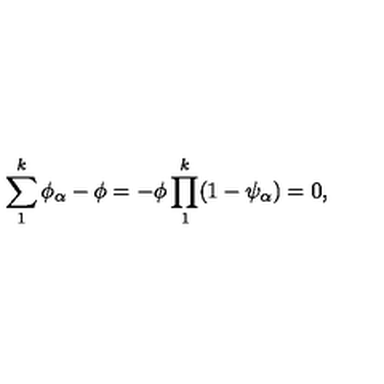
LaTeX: \sum _ { 1 } ^ { k } \phi _ { \alpha } - \phi = - \phi \prod _ { 1 } ^ { k } ( 1 - \psi _ { \alpha } ) = 0 ,